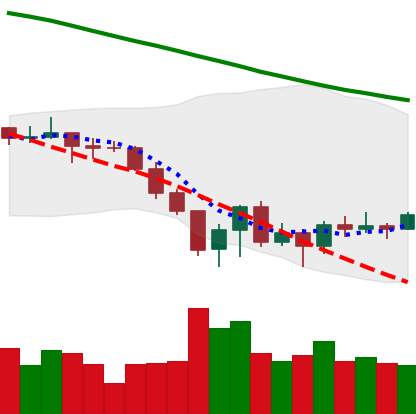
Ticker: XLM-USD
Chart end date: 2022-06-23
Forward return: -3.009%
Label: down_3_5